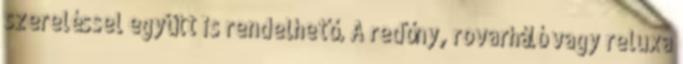
szereléssel együtt is rendelhető. A redőny, rovarháló vagy reluxa